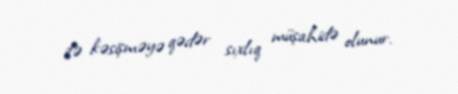
ilə kəsişməyə qədər sıxlıq müşahidə olunur.